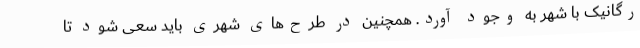
رگانیک با شهر به وجود آورد. همچنین در طرح‌های شهری باید سعی شود تا